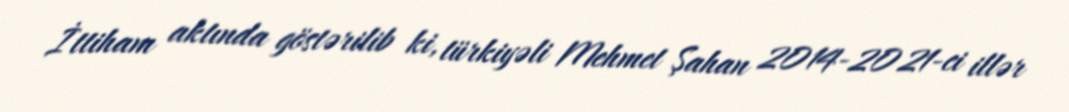
İttiham aktında göstərilib ki, türkiyəli Mehmet Şahan 2014-2021-ci illər